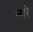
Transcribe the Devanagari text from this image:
न्वारे